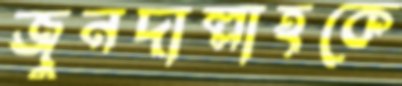
জুনদাল্লাহকে